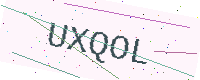
Text: UXQOL